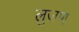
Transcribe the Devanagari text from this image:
लुजण